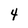
Character: 4